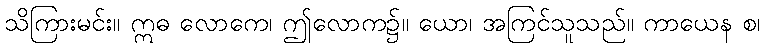
သိကြားမင်း။ ဣဓ လောကေ၊ ဤလောက၌။ ယော၊ အကြင်သူသည်။ ကာယေန စ၊